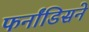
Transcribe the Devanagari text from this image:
फर्नांडिसने